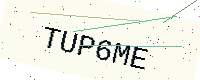
Text: TUP6ME